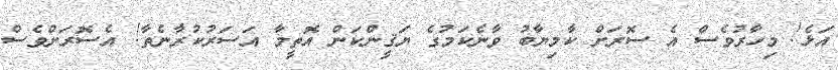
އަޅެ! މިހާރުވެސް އެ ސޮރަށް ކާމިޔާބު ވާނެކަމުގެ ޔަޤީންކަން އޮތީމާ އަސަރުކުރާނެތާ! އެސޮރަށްވެސް